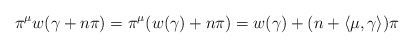
\begin{align*}\pi^\mu w ( \gamma + n \pi) = \pi^\mu( w(\gamma) + n \pi) = w(\gamma) + (n + \langle \mu, \gamma \rangle) \pi\end{align*}